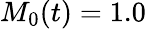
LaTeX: M_{0}(t)=1.0